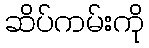
ဆိပ်ကမ်းကို